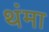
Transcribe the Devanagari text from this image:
थंमा